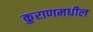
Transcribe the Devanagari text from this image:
कुराणमधील